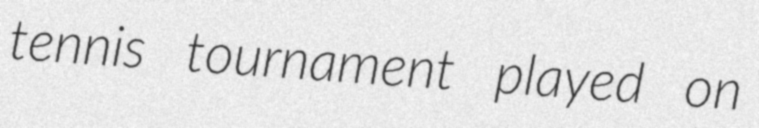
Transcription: tennis tournament played on